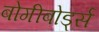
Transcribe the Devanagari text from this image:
बोगीबोर्ड्स